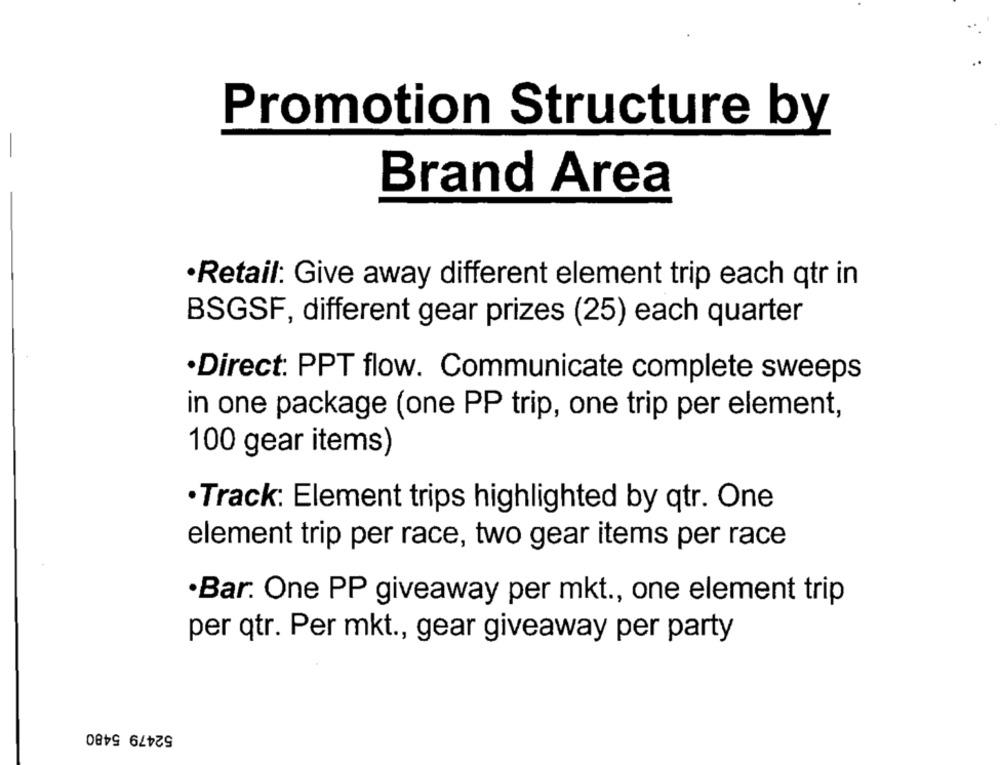
Promotion Structure by
Brand Area
·Retail: Give away different element trip each qtr in
BSGSF, different gear prizes (25) each quarter
·Direct: PPT flow. Communicate complete sweeps
in one package (one PP trip, one trip per element,
100 gear items)
·Track: Element trips highlighted by qtr. One
element trip per race, two gear items per race
·Bar. One PP giveaway per mkt ., one element trip
per qtr. Per mkt ., gear giveaway per party
52479 5480